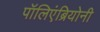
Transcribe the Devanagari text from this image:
पॉलिएंब्रियोनी